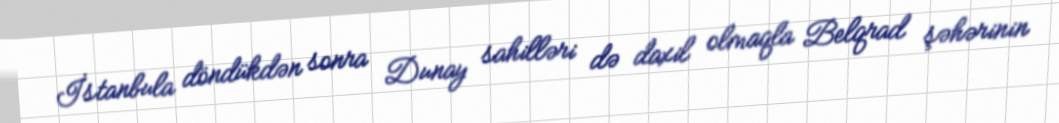
İstanbula döndükdən sonra Dunay sahilləri də daxil olmaqla Belqrad şəhərinin